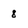
Character: 8